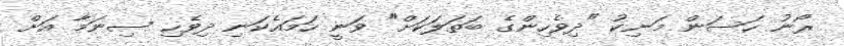
ރޯނު ހަސަން މަނިކު "ދިވެހިންގެ ބަތަލަކަށް" ވަނީ ހަމައެކަނި ދިވެހި ސިނަމާ އަށް